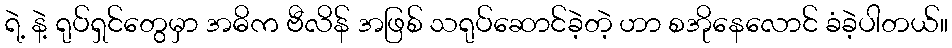
ရဲ့ နဲ့ ရုပ်ရှင်တွေမှာ အဓိက ဗီလိန် အဖြစ် သရုပ်ဆောင်ခဲ့တဲ့ ဟာ စအိုနေလောင် ခံခဲ့ပါတယ်။